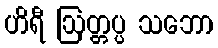
ဟိရီ ဩတ္တပ္ပ သဘော